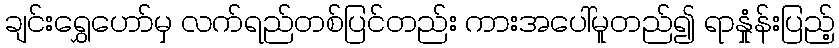
ချင်းရွှေဟော်မှ လက်ရည်တစ်ပြင်တည်း ကားအပေါ်မူတည်၍ ရာနှုံန်းပြည့်